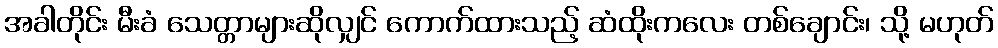
အခါတိုင်း မီးခံ သေတ္တာများဆိုလျှင် ကောက်ထားသည့် ဆံထိုးကလေး တစ်ချောင်း၊ သို့ မဟုတ်